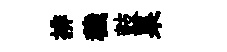
排穢鼓杲